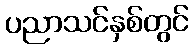
ပညာသင်နှစ်တွင်